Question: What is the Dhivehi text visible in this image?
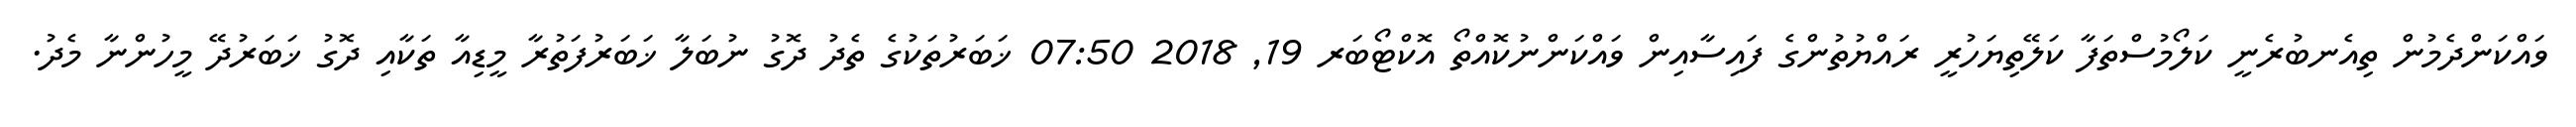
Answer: ވައްކަންދެމުން ތިއެނބުރެނީ ކަލޯމުސްތަފާ ކަލޭތިޔަހުރީ ރައްޔުތުންގެ ފައިސާއިން ވައްކަންނުކޮއްތޯ އޮކްޓޯބަރ 19, 2018 07:50 ޚަބަރުތަކުގެ ތެދު ދޮގު ނުބަލާ ޚަބަރުފަތުރާ މީޑިއާ ތަކާއި ދޮގު ޚަބަރުދޭ މީހުންނާ މެދު.